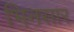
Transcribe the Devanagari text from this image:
भिनसार